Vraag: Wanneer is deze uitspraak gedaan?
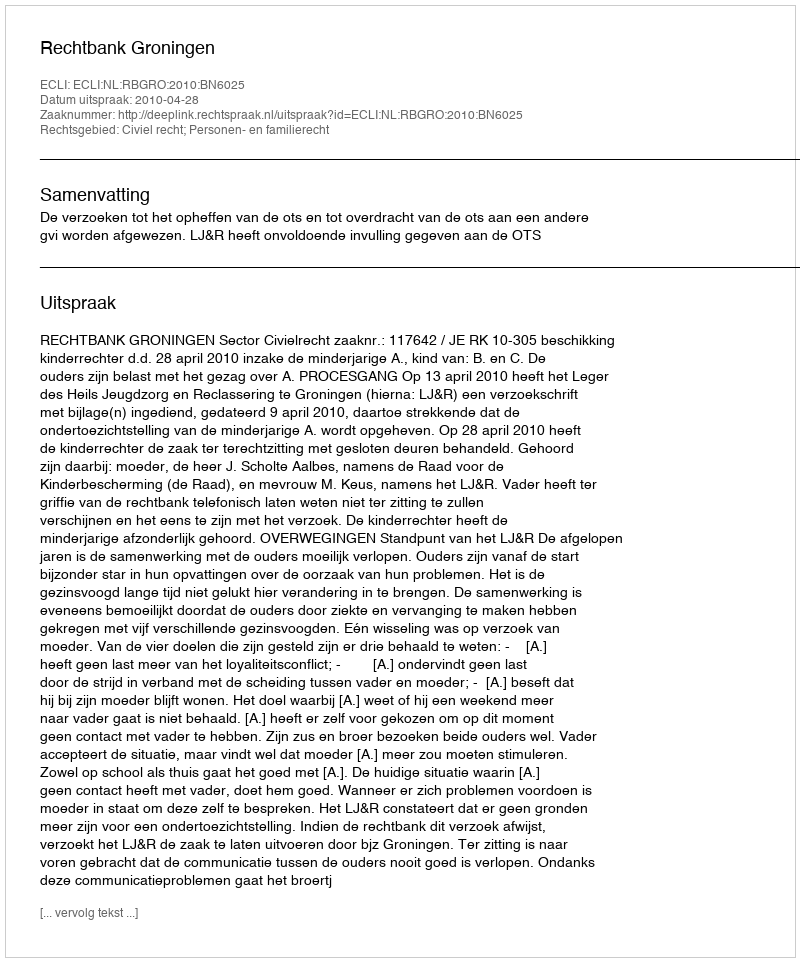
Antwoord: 2010-04-28